General report no. 6 on the lunatic asylums, vaccination and dispensaries in the Bengal Presidency, 1873 -
Year: 1873
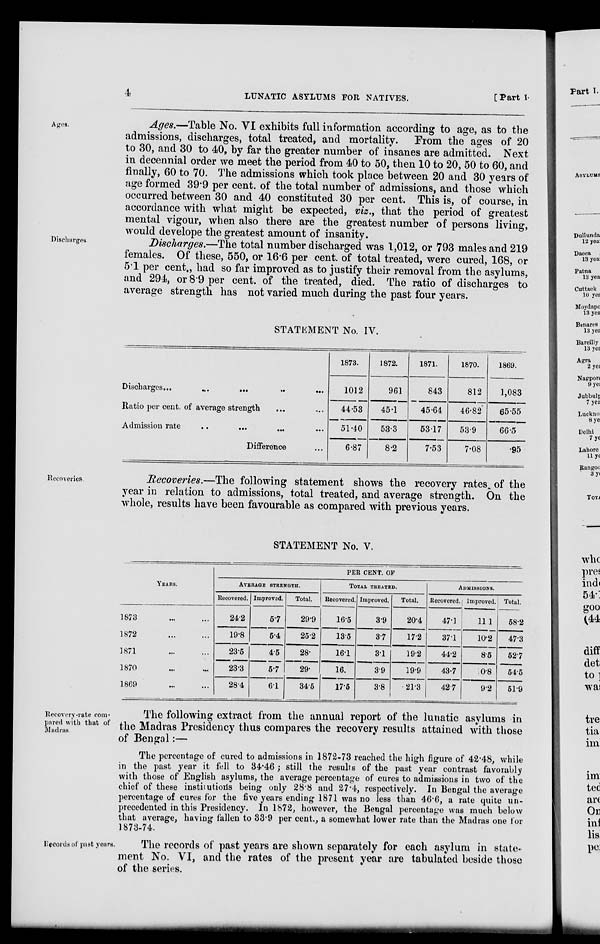
4
LUNATIC ASYLUMS FOR NATIVES.
[Part I.
Ages.
Ages.—Table No. VI exhibits full information according to age, as to the
admissions, discharges, total treated, and mortality. From the ages of 20
to 30, and 30 to 40, by far the greater number of insanes are admitted. Next
in decennial order we meet the period from 40 to 50, then 10 to 20, 50 to 60, and
finally, 60 to 70. The admissions which took place between 20 and 30 years of
age formed 39.9 per cent. of the total number of admissions, and those which
occurred between 30 and 40 constituted 30 per cent. This is, of course, in
accordance with what might be expected, viz., that the period of greatest
mental vigour, when also there are the greatest number of persons living,
would develope the greatest amount of insanity.
Discharges
Discharges.—The total number discharged was 1,012, or 793 males and 219
females. Of these, 550, or 16.6 per cent. of total treated, were cured, 168, or
5.1 per cent., had so far improved as to justify their removal from the asylums,
and 294, or 8.9 per cent. of the treated, died. The ratio of discharges to
average strength has not varied much during the past four years.
STATEMENT No. IV.
Discharges... ... ... ... ...
Ratio per cent. of average strength ... ...
Admission rate...
... ... ...
Difference ...
1873.
1012
44.53
51.40
6.87
1872.
961
45.1
533
8.2
1871.
843
45.64
53.17
7.53
1870.
812
46.82
53.9
7.08
1869.
1,083
65.55
66.5
.95
Recoveries.
Recoveries.—The following statement shows the recovery rates of the
year in relation to admissions, total treated, and average strength. On the
whole, results have been favourable as compared with previous years.
STATEMENT No. V.
YEARS.
1873
...
...
1872 ... ...
1871 ... ...
1870 ... ...
1869 ... ...
PER CENT. OF
AVERAGE STRENGTH.
Recovered.
24.2
19.8
23.5
23.3
28.4
Improved.
5.7
6.4
4.5
5.7
6.1
Total.
29.9
25.2
28.
29.
34.5
TOTAL TREATED.
Recovered.
16.5
13.5
16.1
16.
17.5
Improved.
3.9
3.7
3.1
3.9
3.8
Total.
20.4
17.2
19.2
19.9
21.3
ADMISSIONS.
Recovered.
47.1
37.1
44.2
43.7
42.7
Improved.
11.1
10.2
8.5
0.8
9.2
Total.
58.2
47.3
52.7
54.5
51.9
Recovery-rate com-
pared with that of
Madras.
The following extract from the annual report of the lunatic asylums in
the Madras Presidency thus compares the recovery results attained with those
of Bengal:—
The percentage of cured to admissions in 1872-73 reached the high figure of 42.48, while
in the past year it fell to 34.46 ; still the results of the past year contrast favorably
with those of English asylums, the average percentage of cures to admissions in two of the
chief of these institutions being only 28.8 and 27.4, respectively. In Bengal the average
percentage of cures for the five years ending 1871 was no less than 46.6, a rate quite un-
precedented in this Presidency. In 1872, however, the Bengal percentage was much below
that average, having fallen to 33.9 per cent., a somewhat lower rate than the Madras one for
1873-74.
Records of past years.
The records of past years are shown separately for each asylum in state-
ment No. VI, and the rates of the present year are tabulated beside those
of the series.